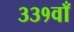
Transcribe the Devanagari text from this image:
३३१वाँ